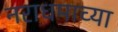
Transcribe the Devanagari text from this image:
नराधमाच्या